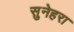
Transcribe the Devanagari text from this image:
सुनेहरा